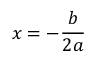
x = - { \frac { b } { 2 a } }